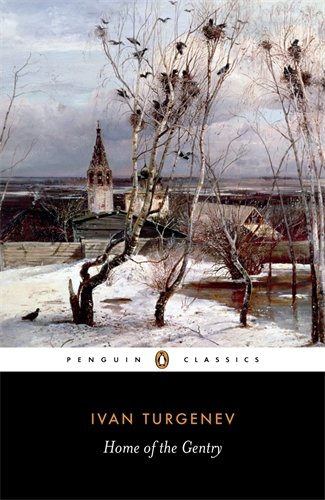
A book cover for Home of the Gentry (Penguin Classics); Ivan Turgenev; Literature & Fiction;